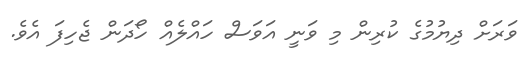
ވަރަށް ދިޔުމުގެ ކުރިން މި ވަނީ އަވަސް ހައްލެއް ހޯދަން ޖެހިފަ އެވެ.